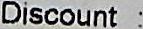
DISCOUNT :